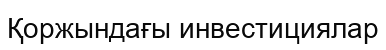
Қоржындағы инвестициялар